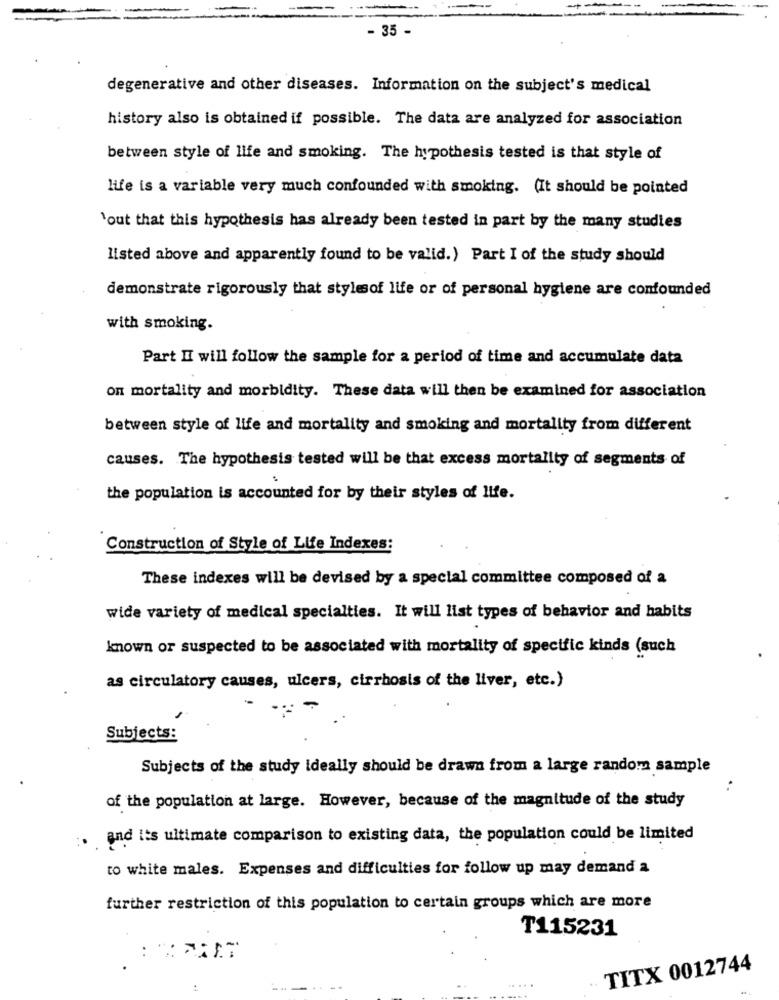
- 35 -
degenerative and other diseases. Information on the subject's medical
history also is obtained if possible. The data are analyzed for association
between style of life and smoking. The hypothesis tested is that style of
life is a variable very much confounded with smoking. (It should be pointed
`out that this hypothesis has already been tested in part by the many studies
listed above and apparently found to be valid.) Part I of the study should
demonstrate rigorously that stylesof life or of personal hygiene are confounded
with smoking.
Part II will follow the sample for a period of time and accumulate data
on mortality and morbidity. These data will then be examined for association
between style of life and mortality and smoking and mortality from different
causes. The hypothesis tested will be that excess mortality of segments of
the population is accounted for by their styles of life.
Construction of Style of Life Indexes:
These indexes will be devised by a special committee composed of a
wide variety of medical specialties. It will list types of behavior and habits
known or suspected to be associated with mortality of specific kinds (such
as circulatory causes, ulcers, cirrhosis of the liver, etc.)
Subjects:
Subjects of the study ideally should be drawn from a large random sample
:
of the population at large. However, because of the magnitude of the study
and its ultimate comparison to existing data, the population could be limited
to white males. Expenses and difficulties for follow up may demand a
further restriction of this population to certain groups which are more
T115231
..
TITX 0012744
..